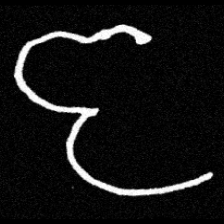
Pyu character \u2014 Myanmar letter: ဇ (romanized: ja)